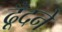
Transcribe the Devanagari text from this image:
ढूँदने